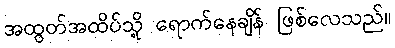
အထွတ်အထိပ်သို့ ရောက်နေချိန် ဖြစ်လေသည်။